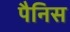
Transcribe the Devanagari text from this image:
पैनिस